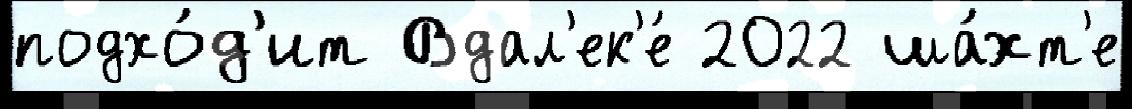
подхо́д'ит Вдал'ек'е́ 2022 ша́хт'е